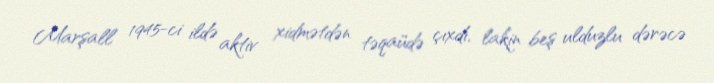
Marşall 1945-ci ildə aktiv xidmətdən təqaüdə çıxdı, lakin beş ulduzlu dərəcə